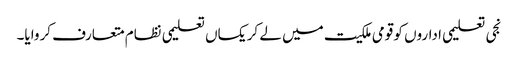
نجی تعلیمی اداروں کو قومی ملکیت میں لے کر یکساں تعلیمی نظام متعارف کروایا۔